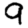
Digit: 9